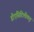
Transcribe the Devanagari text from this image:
डीएसिटिलीकृत